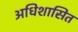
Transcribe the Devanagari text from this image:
अधिशासित